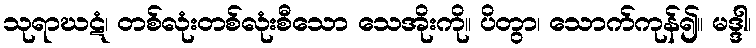
သုရာဃဋံ၊ တစ်လုံးတစ်လုံးစီသော သေအိုးကို။ ပိတွာ၊ သောက်ကုန်၍။ မဒ္ဒါ၊